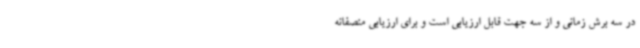
در سه برش زمانی و از سه جهت قابل ارزیابی است و برای ارزیابی منصفانه